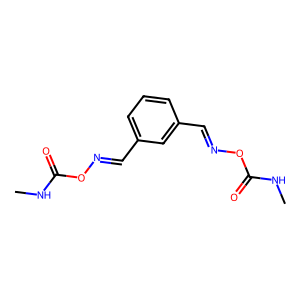
SMILES: CNC(=O)ON=Cc1cccc(C=NOC(=O)NC)c1
Inhibits HIV replication: No